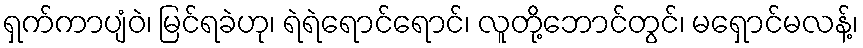
ရှက်ကာပျံဝဲ၊ မြင်ရခဲဟု၊ ရဲရဲရောင်ရောင်၊ လူတို့ဘောင်တွင်၊ မရှောင်မလန့်၊